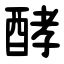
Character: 酵